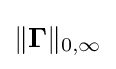
{\textstyle \|\mathbf {\Gamma } \|_{0,\infty }}